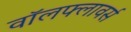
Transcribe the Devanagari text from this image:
वॉलफ्लावर्स